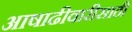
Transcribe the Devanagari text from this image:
आषाढीवारीसाठी